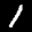
Label: 1